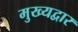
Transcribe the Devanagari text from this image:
मुख्‍यद्वार